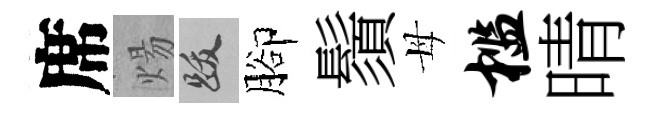
席煬跋腳鬚母槛晴